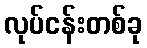
လုပ်ငန်းတစ်ခု